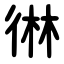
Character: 㣩